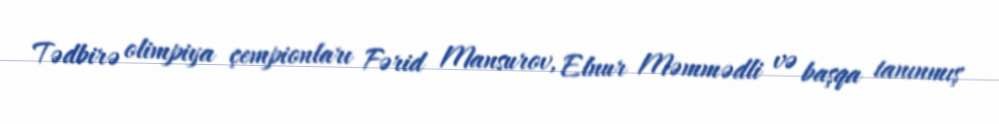
Tədbirə olimpiya çempionları Fərid Mansurov, Elnur Məmmədli və başqa tanınmış